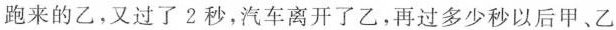
跑来的乙，又过了2秒，汽车离开了乙，再过多少秒以后甲、乙